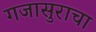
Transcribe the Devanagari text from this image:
गजासुराचा